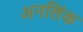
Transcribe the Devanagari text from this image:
अनलिंक